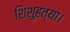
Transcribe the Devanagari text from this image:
शिशुहत्या।